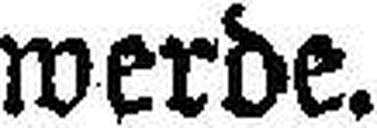
werde.